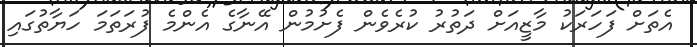
އެތަށް ފަހަރަކު މާޒީއަށް ދަތުރު ކުރެވެން ފެށުމުން އޭނާގެ އެންމެ ފުރަތަމަ ހަޔާތުގައި